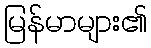
မြန်မာများ၏